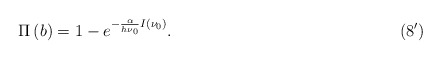
\begin{align*}\qquad\qquad\qquad\qquad\qquad\quad\quad\quad \Pi \left( b \right) = 1 - e^{ - \frac{\alpha }{h\nu _0}I( {\nu _0 } )} . \qquad\qquad\qquad\qquad\qquad\qquad\quad\quad (8^\prime)\end{align*}